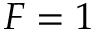
F = 1